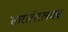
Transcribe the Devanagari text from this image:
सारलोरलक्स